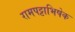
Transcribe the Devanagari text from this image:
रामपट्टाभिषेक